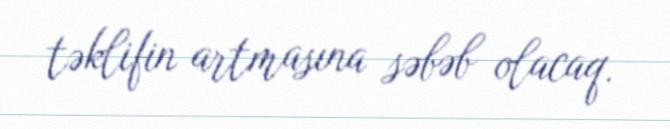
təklifin artmasına səbəb olacaq.